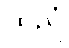
ထညံ